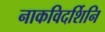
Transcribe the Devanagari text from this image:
नाकविदर्शिनि